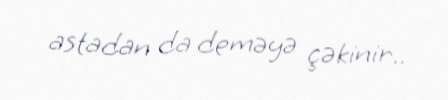
astadan da deməyə çəkinir..